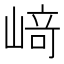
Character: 﨑